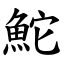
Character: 鮀